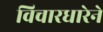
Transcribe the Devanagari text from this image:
विचारधारेने